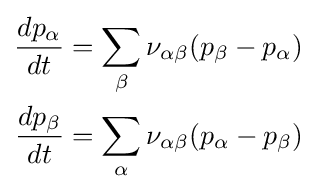
{\begin{aligned}{\frac {dp_{\alpha }}{dt}}&=\sum _{\beta }\nu _{\alpha \beta }(p_{\beta }-p_{\alpha })\\{\frac {dp_{\beta }}{dt}}&=\sum _{\alpha }\nu _{\alpha \beta }(p_{\alpha }-p_{\beta })\\\end{aligned}}